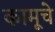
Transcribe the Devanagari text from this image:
कामूचे